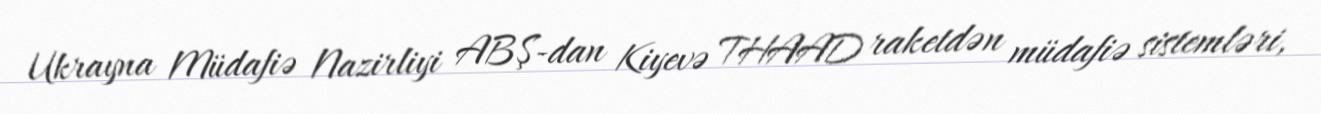
Ukrayna Müdafiə Nazirliyi ABŞ-dan Kiyevə THAAD raketdən müdafiə sistemləri,